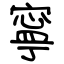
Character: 寧